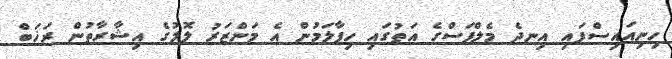
ހިނިއައިސްފައި އިނދެ މެލްފަސްގެ އަތުގައި ހިފާލަމުން އެ މަންޒަރު ލޮލުގެ އިޝާރާތުން ރަޚަބް